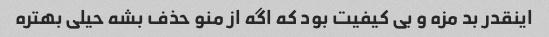
اینقدر بد مزه و بی کیفیت بود که اگه از منو حذف بشه حیلی بهتره